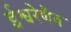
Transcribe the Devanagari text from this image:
ईश्वरेणैव